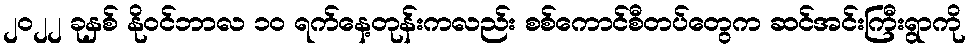
၂၀၂၂ ခုနှစ် နိုဝင်ဘာလ ၁၀ ရက်နေ့တုန်းကလည်း စစ်ကောင်စီတပ်တွေက ဆင်အင်းကြီးရွာကို